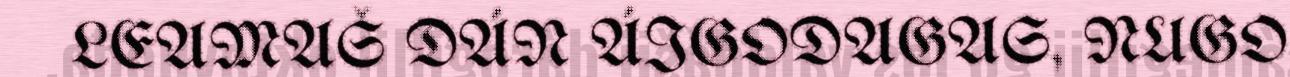
LEAMAŠ DÁN ÁIGODAGAS, NUGO